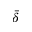
\bar { \delta }